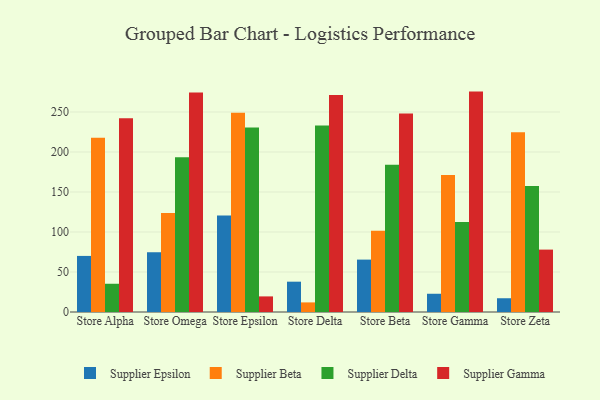
{"axis": {"x": "Store", "y": "Operating Costs (USD K)"}, "legend": ["Supplier Beta", "Supplier Delta", "Supplier Epsilon", "Supplier Gamma"], "data": [{"x": "Store Alpha", "y": 70.1, "type": "Supplier Epsilon"}, {"x": "Store Alpha", "y": 217.8, "type": "Supplier Beta"}, {"x": "Store Alpha", "y": 35.3, "type": "Supplier Delta"}, {"x": "Store Alpha", "y": 242.3, "type": "Supplier Gamma"}, {"x": "Store Omega", "y": 74.7, "type": "Supplier Epsilon"}, {"x": "Store Omega", "y": 123.6, "type": "Supplier Beta"}, {"x": "Store Omega", "y": 193.4, "type": "Supplier Delta"}, {"x": "Store Omega", "y": 274.3, "type": "Supplier Gamma"}, {"x": "Store Epsilon", "y": 120.5, "type": "Supplier Epsilon"}, {"x": "Store Epsilon", "y": 249.1, "type": "Supplier Beta"}, {"x": "Store Epsilon", "y": 230.7, "type": "Supplier Delta"}, {"x": "Store Epsilon", "y": 19.5, "type": "Supplier Gamma"}, {"x": "Store Delta", "y": 37.9, "type": "Supplier Epsilon"}, {"x": "Store Delta", "y": 12.0, "type": "Supplier Beta"}, {"x": "Store Delta", "y": 233.1, "type": "Supplier Delta"}, {"x": "Store Delta", "y": 271.3, "type": "Supplier Gamma"}, {"x": "Store Beta", "y": 65.5, "type": "Supplier Epsilon"}, {"x": "Store Beta", "y": 101.7, "type": "Supplier Beta"}, {"x": "Store Beta", "y": 184.0, "type": "Supplier Delta"}, {"x": "Store Beta", "y": 248.2, "type": "Supplier Gamma"}, {"x": "Store Gamma", "y": 22.8, "type": "Supplier Epsilon"}, {"x": "Store Gamma", "y": 171.1, "type": "Supplier Beta"}, {"x": "Store Gamma", "y": 112.4, "type": "Supplier Delta"}, {"x": "Store Gamma", "y": 275.5, "type": "Supplier Gamma"}, {"x": "Store Zeta", "y": 17.2, "type": "Supplier Epsilon"}, {"x": "Store Zeta", "y": 224.6, "type": "Supplier Beta"}, {"x": "Store Zeta", "y": 157.5, "type": "Supplier Delta"}, {"x": "Store Zeta", "y": 78.0, "type": "Supplier Gamma"}]}